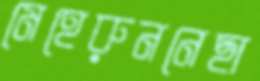
মেহেরুননেছা